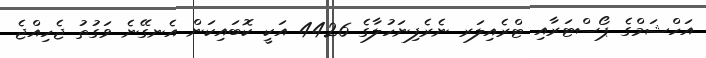
އަހްޝަމްގެ ޕޯސްޓަރާއި ޓްރެއިލަރ ނެރެފިނަހުލާގެ 4426 އަކީ ކޮބައިކަން އެނގޭނެ ވަގުތު ޖެހިއްޖެ